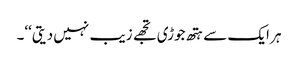
ہر ایک سے ہتھ جوڑی تجھے زیب نہیں دیتی‘‘۔